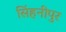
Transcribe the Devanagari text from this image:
सिंहनीपुर